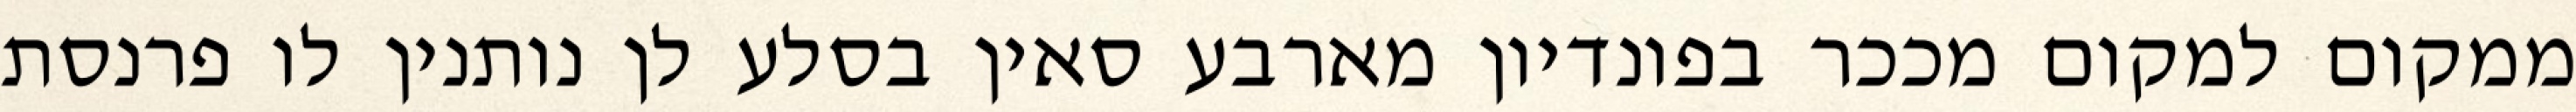
ממקום למקום מככר בפונדיון מארבע סאין בסלע לן נותנין לו פרנסת